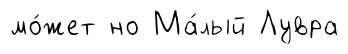
мо́жет но Ма́лый Лувра